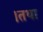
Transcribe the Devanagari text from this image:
।तथा